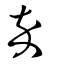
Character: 卒